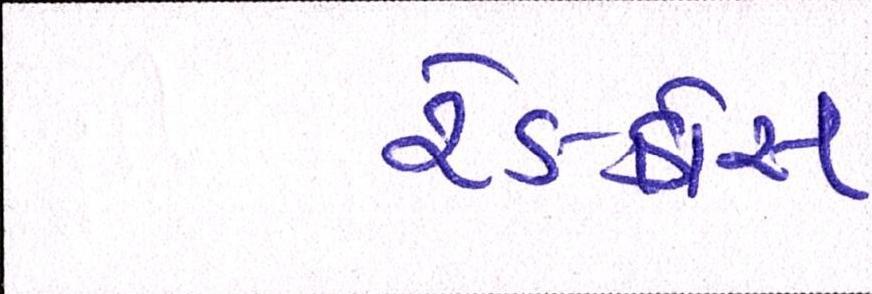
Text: રેડક્રોસ